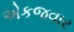
એકજવાર